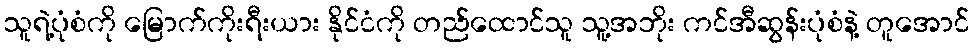
သူရဲ့ပုံစံကို မြောက်ကိုးရီးယား နိုင်ငံကို တည်ထောင်သူ သူ့အဘိုး ကင်အီဆွန်းပုံစံနဲ့ တူအောင်